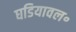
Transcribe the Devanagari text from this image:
घडियावल॰